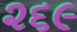
૨૬૯